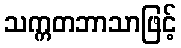
သက္ကတဘာသာဖြင့်